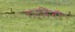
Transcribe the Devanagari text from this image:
गर्दिजी